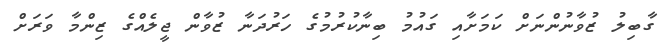
ގާބިލު ޒުވާނުންނަށް ކަމަށާއި ގައުމު ބިނާކުރުމުގެ ހަރުދަނާ ޒުވާން ޖީލެއްގެ ޒިންމާ ވަރަށް